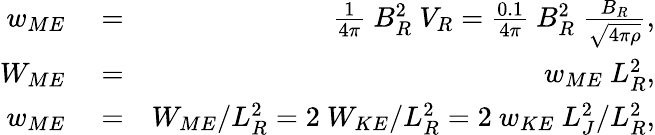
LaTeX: \begin{array}{rlr}{w_{ME}}&{{}=}&{\frac{1}{4\pi}\ B_{R}^{2}\ V_{R}=\frac{0.1}{4\pi}\ B_{R}^{2}\ \frac{B_{R}}{\sqrt{4\pi\rho}},}\\ {W_{ME}}&{{}=}&{w_{ME}\ L_{R}^{2},}\\ {w_{ME}}&{{}=}&{W_{ME}/L_{R}^{2}=2\ W_{KE}/L_{R}^{2}=2\ w_{KE}\ L_{J}^{2}/L_{R}^{2},}\end{array}